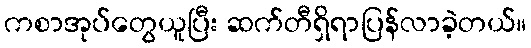
ကစာအုပ်တွေယူပြီး ဆက်တီရှိရာပြန်လာခဲ့တယ်။